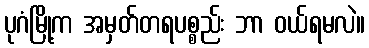
ပုဂံမြို့က အမှတ်တရပစ္စည်း ဘာ ဝယ်ရမလဲ။